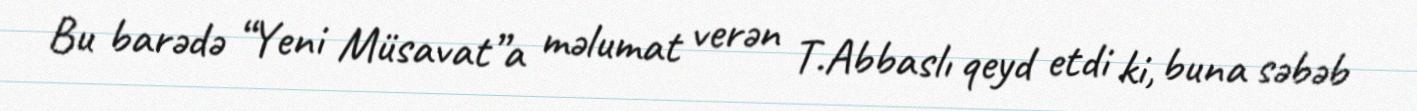
Bu barədə “Yeni Müsavat”a məlumat verən T.Abbaslı qeyd etdi ki, buna səbəb